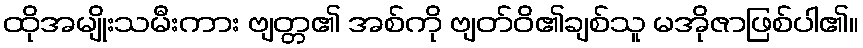
ထိုအမျိုးသမီးကား ဗျတ္တ၏ အစ်ကို ဗျတ်ဝိ၏ချစ်သူ မအိုဇာဖြစ်ပါ၏။